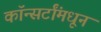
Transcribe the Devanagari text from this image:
कॉन्सर्टांंमधून